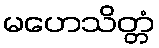
မဟေသိတ္တံ